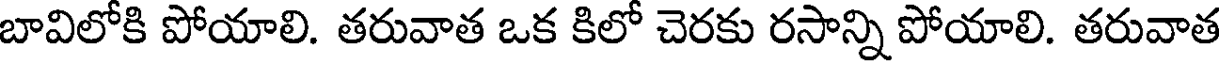
బావిలోకి పోయాలి. తరువాత ఒక కిలో చెరకు రసాన్ని పోయాలి. తరువాత